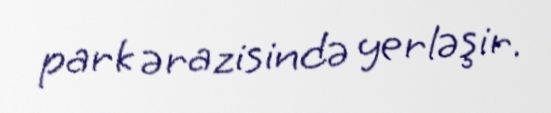
park ərazisində yerləşir.